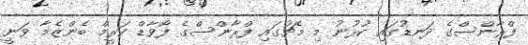
ފްރާންސްގެ ދަނޑުގައި ކުޅުނު މި މެޗުގައި ފްރާންސްގެ ފޯވާޑް ކަރީމް ބެންޒެމާ ވަނީ